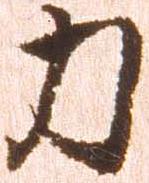
力